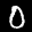
Label: 0